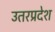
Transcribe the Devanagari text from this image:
उतरप्रदेश